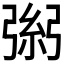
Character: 𢐁